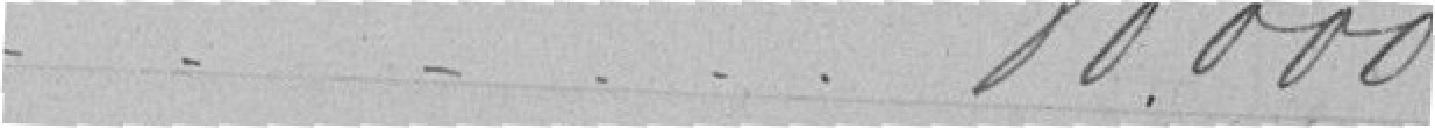
80.000